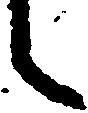
し